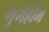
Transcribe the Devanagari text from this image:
गुगेंहीम